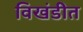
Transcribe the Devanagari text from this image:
विखंडीत